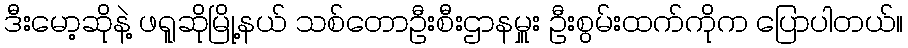
ဒီးမော့ဆိုနဲ့ ဖရူဆိုမြို့နယ် သစ်တောဦးစီးဌာနမှူး ဦးစွမ်းထက်ကိုက ပြောပါတယ်။